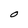
Character: O